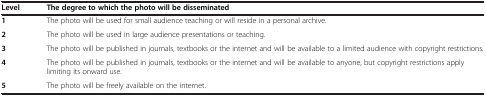
<table><thead><tr><td><b>Level</b></td><td><b>The degree to which the photo will be disseminated</b></td></tr></thead><tbody><tr><td><b>1</b></td><td>The photo will be used for small audience teaching or will reside in a personal archive.</td></tr><tr><td><b>2</b></td><td>The photo will be used in large audience presentations or teaching.</td></tr><tr><td><b>3</b></td><td>The photo will be published in journals, textbooks or the internet and will be available to a limited audience with copyright restrictions.</td></tr><tr><td><b>4</b></td><td>The photo will be published in journals, textbooks or the internet and will be available to anyone, but copyright restrictions apply limiting its onward use.</td></tr><tr><td><b>5</b></td><td>The photo will be freely available on the internet.</td></tr></tbody></table>